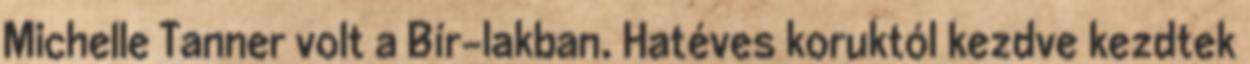
Michelle Tanner volt a Bír-lakban. Hatéves koruktól kezdve kezdtek